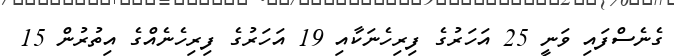
ގެނެސްފައި ވަނީ 25 އަހަރުގެ ފިރިހެނަކާއި 19 އަހަރުގެ ފިރިހެނެއްގެ އިތުރުން 15